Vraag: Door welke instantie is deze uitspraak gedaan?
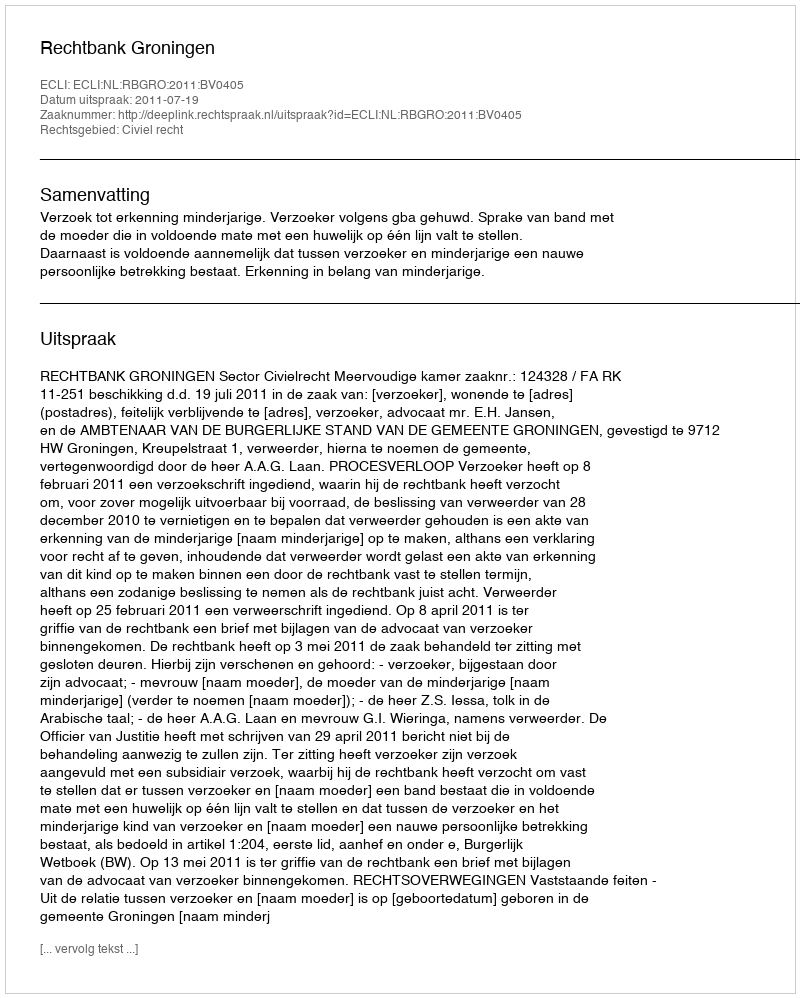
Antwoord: Rechtbank Groningen